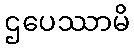
ဌပေဿာမိ